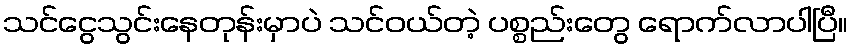
သင်ငွေသွင်းနေတုန်းမှာပဲ သင်ဝယ်တဲ့ ပစ္စည်းတွေ ရောက်လာပါပြီ။